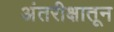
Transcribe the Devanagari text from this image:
अंतरीक्षातून